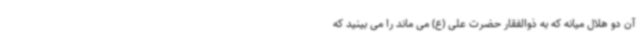
آن دو هلال میانه که به ذوالفقار حضرت علی (ع) می ماند را می بینید که